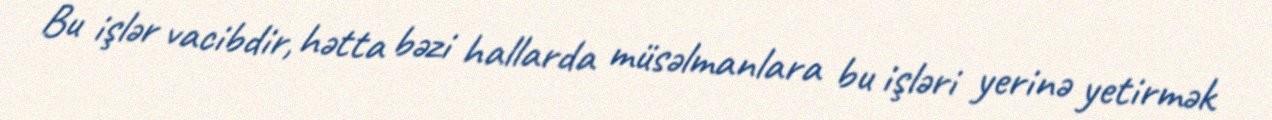
Bu işlər vacibdir, hətta bəzi hallarda müsəlmanlara bu işləri yerinə yetirmək